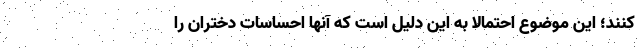
کنند؛ این موضوع احتمالاً به این دلیل است که آنها احساسات دختران را